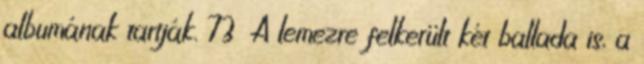
albumának tartják. 73 A lemezre felkerült két ballada is, a